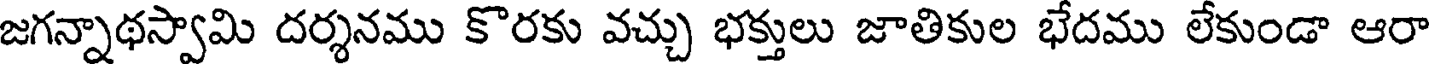
జగన్నాథస్వామి దర్శనము కొరకు వచ్చు భక్తులు జాతికుల భేదము లేకుండా ఆరా